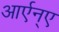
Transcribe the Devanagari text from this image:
आर्एन्ए